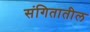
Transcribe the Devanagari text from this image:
संगितातील